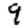
Digit: 9